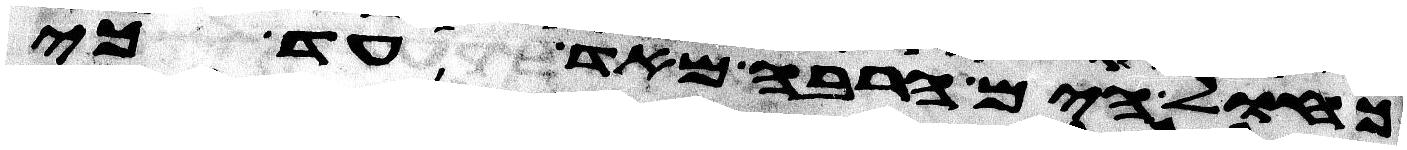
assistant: כחול הים הרבה מאד עד כי